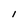
Character: l